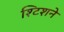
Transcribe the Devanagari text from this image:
श्टिशने